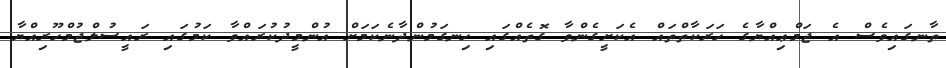
ތާނގައިވެސް އެ ޖަމްޢިއްޔާގެ ހަރަކާތްތައް އެކަށީގެންވާ ގޮތެއްގައި ހިނގަމުންދާނެކަމަށް އުންމީދުކުރައްވާ ކަމުގައި ރައީސުލްޖުމްހޫރިއްޔާ